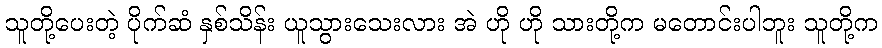
သူတို့ပေးတဲ့ ပိုက်ဆံ နှစ်သိန်း ယူသွားသေးလား အဲ ဟို ဟို သားတို့က မတောင်းပါဘူး သူတို့က